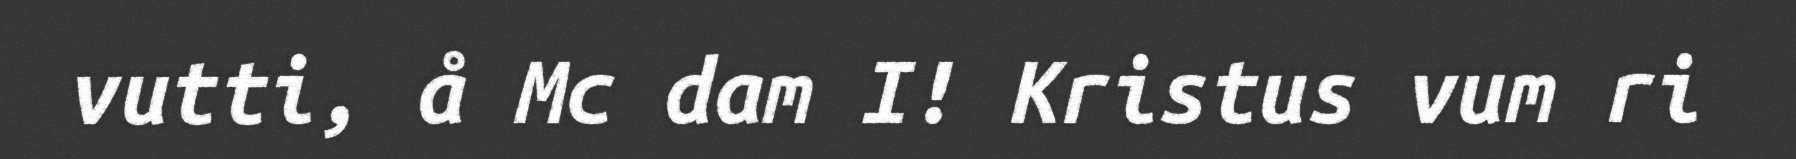
vutti, å Mc dam I! Kristus vum ri